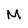
Character: M